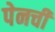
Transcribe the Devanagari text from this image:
पेनची